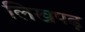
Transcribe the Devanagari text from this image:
लिखपढ़